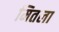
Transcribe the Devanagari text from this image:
मितला